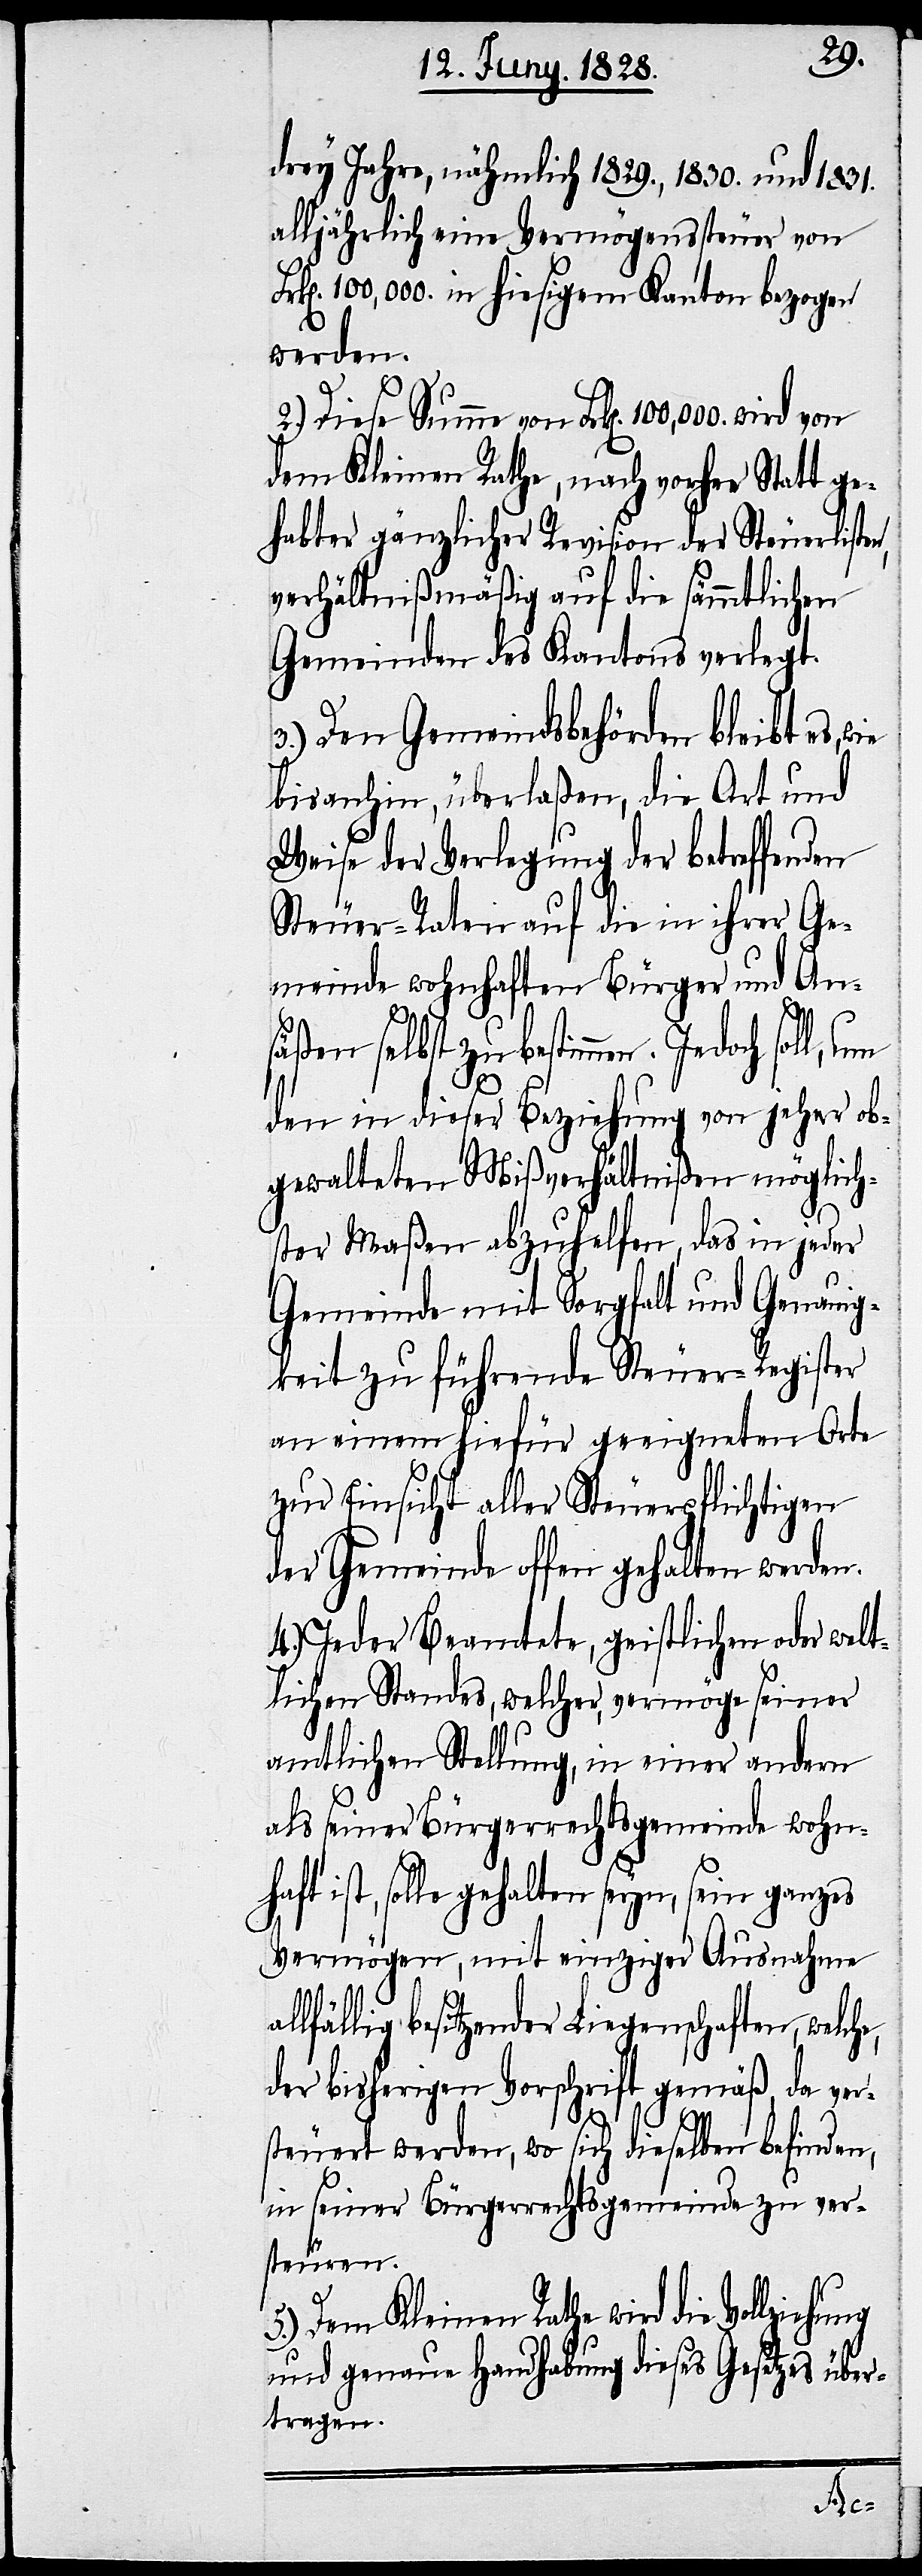
drey Jahre, nähmlich 1829., 1830. und 1831.
alljährlich eine Vermögenssteuer von
k[en]. 100,000. in hiesigem Kanton bezogen
werden.
2.) Diese Summe von Frk[en]. 100,000. wird
dem Kleinen Rathe, nach vorher Statt ge¬
habter gänzlicher Revision der Steuerliste¬
verhältnißmäßig auf die sämmtlichen
Gemeinden des Kantons verlegt.
3.) Den Gemeindsbehörden bleibt es,
bisanhin, überlaßen, die Art und
Weise der Verlegung der betreffenden
Steuer-Raten auf die in ihrer Ge¬
meinde wohnhaften Bürger und An¬
säßen selbst zu bestimmen. Jedoch
den in dieser Beziehung von jeher ob¬
gewalteten Mißverhältnißen möglich¬
ster Maßen abzuhelfen, das in jeder
Gemeinde mit Sorgfalt und Genauig¬
keit zu führende Steuer-Register
an einem hiefür geeigneten Orte
zur Einsicht aller Steuerpflichtigen
der Gemeinde offen gehalten werden.
4.) Jeder Beamtete, geistlichen oder welt¬
lichen Standes, welcher, vermöge seiner
amtlichen Stellung, in einer andern
als seiner Bürgerrechtsgemeinde wohnh¬
aft ist, solle gehalten seyn, sein ganzes
Vermögen, mit einziger Ausnahme
lfällig besitzender Liegenschaften, welch¬
der bisherigen Vorschrift gemäß, da ver¬
steuert werden, wo sich dieselben befinden,
in seiner Bürgerrechtsgemeinde zu ver¬
steuren.
5.) Dem Kleinen Rathe wird die Vollziehu¬
und genaue Handhabung dieses Gesetzes über¬
tragen.
ng